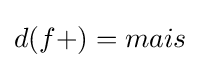
d({f+})=mais